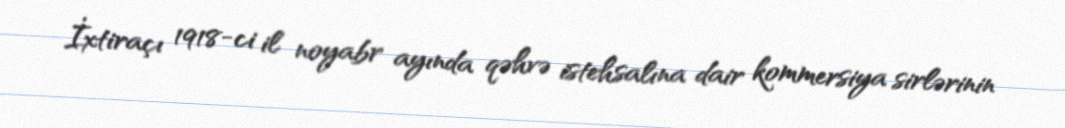
İxtiraçı 1918-ci il noyabr ayında qəhvə istehsalına dair kommersiya sirlərinin